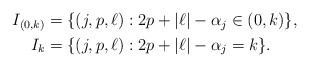
LaTeX: \begin{align*}\begin{aligned}I_{(0,k)} &= \{(j, p, \ell) : 2p+|\ell| -\alpha_j \in (0,k)\},\\I_k&= \{(j, p, \ell) : 2p+|\ell| -\alpha_j =k\}.\\\end{aligned}\end{align*}